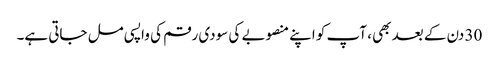
30 دن کے بعد بھی ، آپ کو اپنے منصوبے کی سودی رقم کی واپسی مل جاتی ہے۔